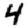
Digit: 4